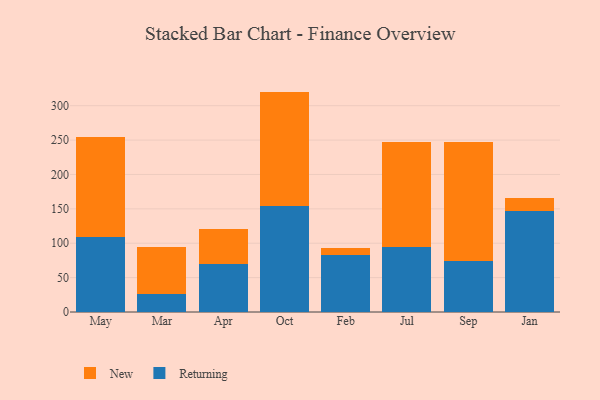
{"axis": {"x": "Month", "y": "Net Income (USD K)"}, "legend": ["New", "Returning"], "data": [{"x": "May", "y": 108.7, "type": "Returning"}, {"x": "May", "y": 145.4, "type": "New"}, {"x": "Mar", "y": 26.0, "type": "Returning"}, {"x": "Mar", "y": 68.2, "type": "New"}, {"x": "Apr", "y": 70.5, "type": "Returning"}, {"x": "Apr", "y": 50.4, "type": "New"}, {"x": "Oct", "y": 154.8, "type": "Returning"}, {"x": "Oct", "y": 165.7, "type": "New"}, {"x": "Feb", "y": 83.5, "type": "Returning"}, {"x": "Feb", "y": 8.9, "type": "New"}, {"x": "Jul", "y": 94.6, "type": "Returning"}, {"x": "Jul", "y": 153.0, "type": "New"}, {"x": "Sep", "y": 74.0, "type": "Returning"}, {"x": "Sep", "y": 173.8, "type": "New"}, {"x": "Jan", "y": 146.8, "type": "Returning"}, {"x": "Jan", "y": 18.9, "type": "New"}]}